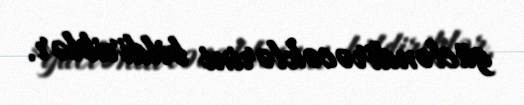
gücləndirəcəklərini bildiriblər.